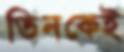
তিনকেই